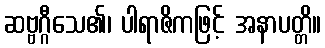
ဆဗ္ဗဂ္ဂီသေ၏၊ ပါရာဇိကဖြင့် အနာပတ္တိ။